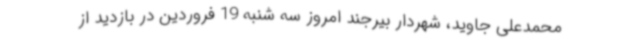
محمدعلی جاوید، شهردار بیرجند امروز سه شنبه 19 فروردین در بازدید از